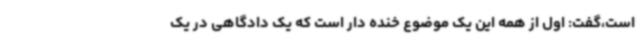
است،گفت: اول از همه این یک موضوع خنده دار است که یک دادگاهی در یک